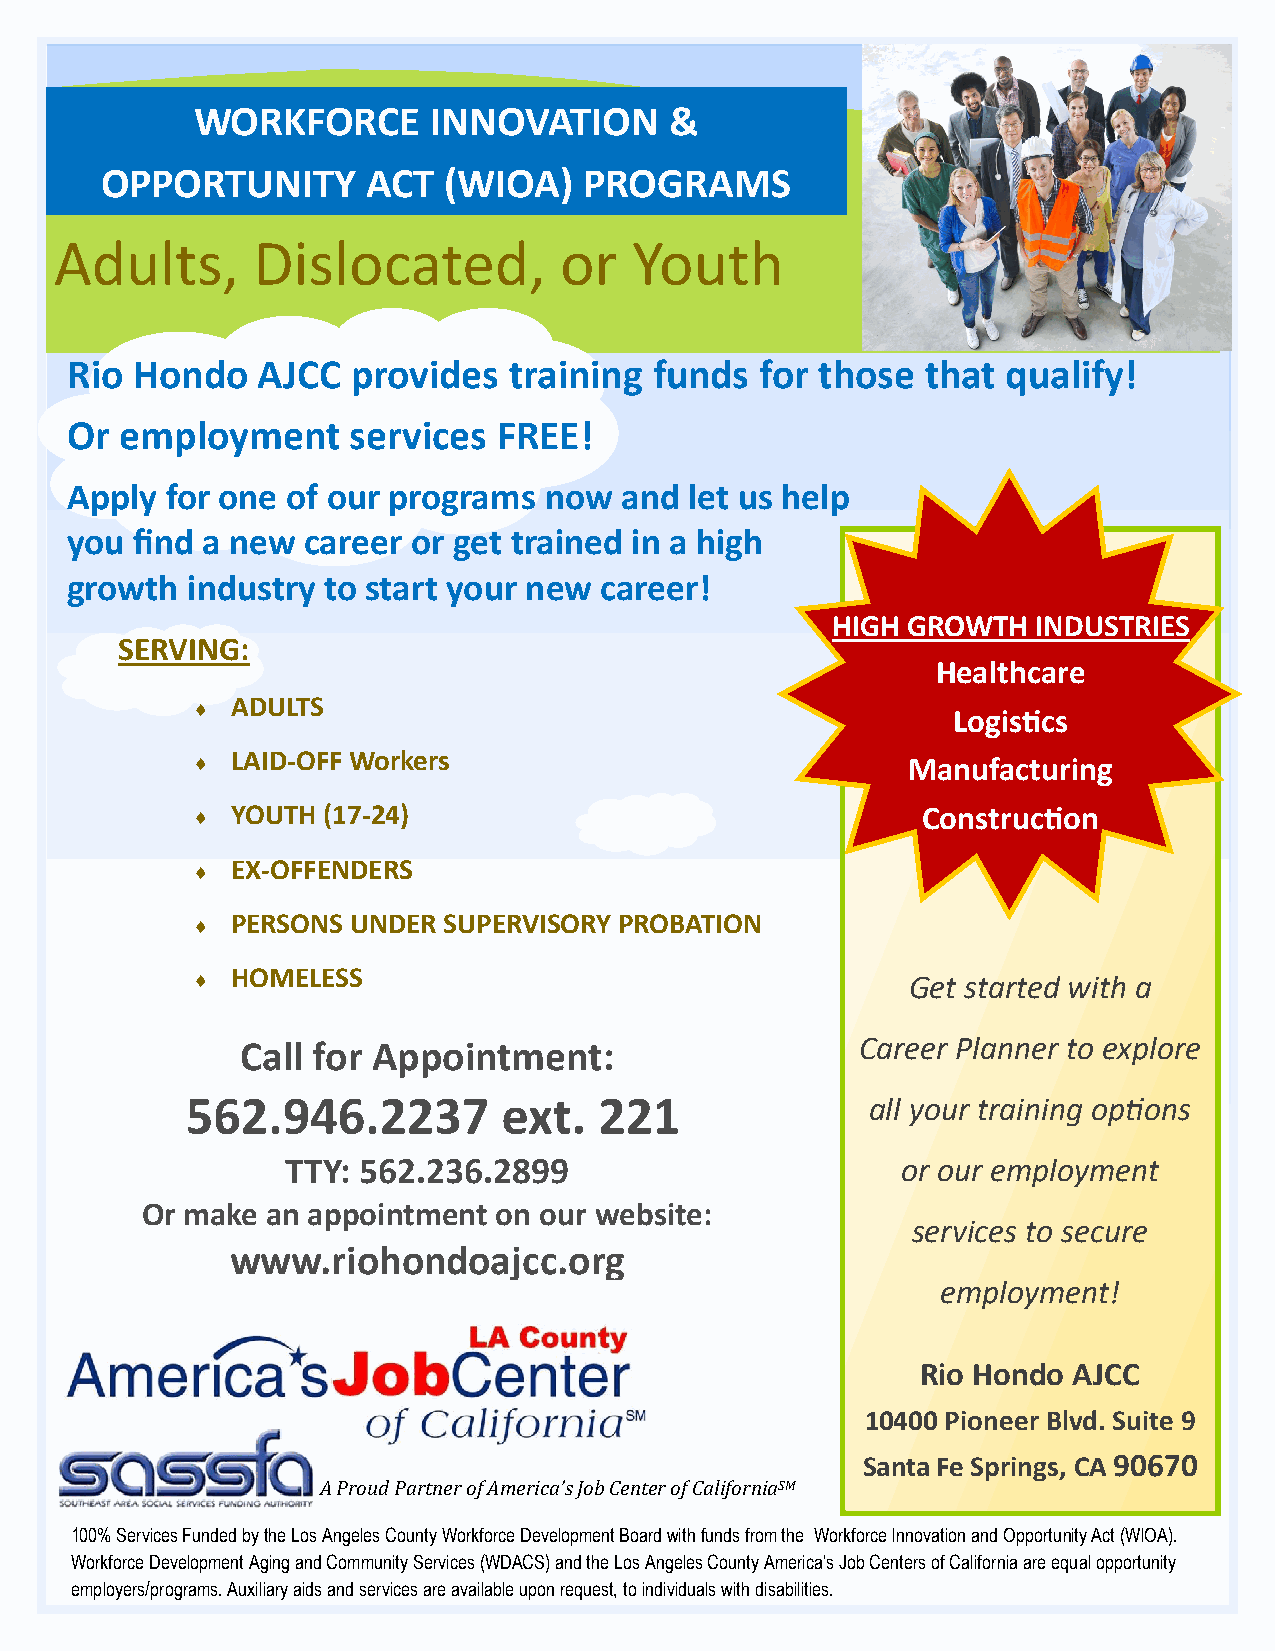
WORKFORCE       INNOVATION     &
 OPPORTUNITY      ACT  (WIOA)    PROGRAMS
 Adults,      Dislocated,         or   Youth
 Rio  Hondo   AJCC  provides   training funds  for those  that  qualify!
 Or  employment     services  FREE!
 Apply  for one of our programs  now  and  let us help
 you  find a new career or get trained in a high
 growth  industry to start your new  career!
 HIGH GROWTH   INDUSTRIES
 SERVING:
 Healthcare
  ADULTS
 Logistics
  LAID-OFF Workers                             Manufacturing
  YOUTH (17-24)                                 Construction
  EX-OFFENDERS
  PERSONS UNDER SUPERVISORY PROBATION
  HOMELESS                                     Get started with a
 Call for Appointment:                    Career Planner to explore
 562.946.2237         ext.   221               all your training options
 TTY: 562.236.2899                        or our employment
 Or make  an appointment on our website:
 services to secure
 www.riohondoajcc.org
 employment!
 Rio Hondo AJCC
 10400 Pioneer Blvd. Suite 9
 Santa Fe Springs, CA 90670
 A Proud Partner of America’s Job Center of CaliforniaSM
 100% Services Funded by the Los Angeles County Workforce Development Board with funds from the Workforce Innovation and Opportunity Act (WIOA).
 Workforce Development Aging and Community Services (WDACS) and the Los Angeles County America’s Job Centers of California are equal opportunity
 employers/programs. Auxiliary aids and services are available upon request, to individuals with disabilities.